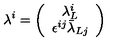
\lambda ^ { i } = \left( \begin{array} { c } { \lambda _ { L } ^ { i } } \\ { \epsilon ^ { i j } \bar { \lambda } _ { L j } } \\ \end{array} \right)